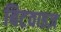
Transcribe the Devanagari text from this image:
बिटवाइज़